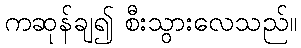
ကဆုန်ချ၍ စီးသွားလေသည်။